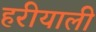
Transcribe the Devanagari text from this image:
हरीयाली